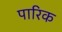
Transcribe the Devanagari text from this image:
पारिक